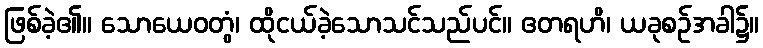
ဖြစ်ခဲ့၏။ သောယေဝတွံ၊ ထိုငယ်ခဲ့သောသင်သည်ပင်။ ဧတရဟိ၊ ယခုစဉ်အခါ၌။